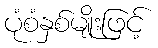
ပုံစံနှစ်မျိုးဖြင့်